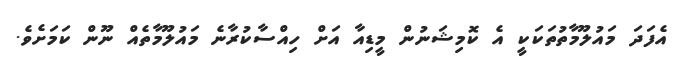
އެފަދަ މައުލޫމާތުތަކަކީ އެ ކޮމިޝަނުން މީޑިއާ އަށް ހިއްސާކުރާނެ މައުލޫމާތެއް ނޫން ކަމަށެވެ.